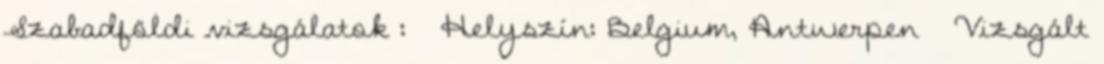
Szabadföldi vizsgálatok :  Helyszín: Belgium, Antwerpen  Vizsgált